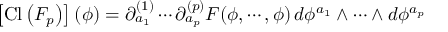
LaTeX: \left[ \mathrm { C l } \left( F _ { p } \right) \right] ( \phi ) = \partial _ { a _ { 1 } } ^ { ( 1 ) } \cdots \partial _ { a _ { p } } ^ { ( p ) } F ( \phi , \cdots , \phi ) \, d \phi ^ { a _ { 1 } } \wedge \cdots \wedge d \phi ^ { a _ { p } }